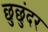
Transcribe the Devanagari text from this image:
छुछुंदर